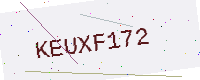
Text: KEUXF172